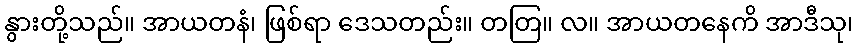
နွားတို့သည်။ အာယတနံ၊ ဖြစ်ရာ ဒေသတည်း။ တတြ။ လ။ အာယတနေကိ အာဒီသု၊